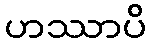
ဟဿာပိ